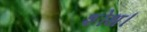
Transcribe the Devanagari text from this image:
शोथ।